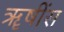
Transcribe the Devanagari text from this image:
ॠषींस